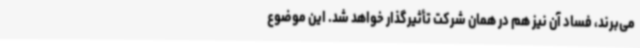
می‌برند، فساد آن نیز هم در همان شرکت تأثیرگذار خواهد شد. این موضوع